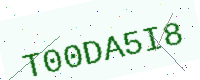
Text: T00DA5I8